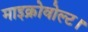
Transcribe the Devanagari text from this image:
माइक्रोवोल्ट।